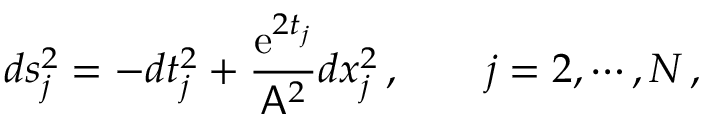
d s _ { j } ^ { 2 } = - d t _ { j } ^ { 2 } + \frac { \mathrm { e } ^ { 2 t _ { j } } } { \mathsf { A } ^ { 2 } } d x _ { j } ^ { 2 } \, , \qquad j = 2 , \cdots , N \, ,